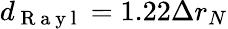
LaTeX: d_{\mathrm{~R~a~y~l~}}=1.22\Delta r_{N}